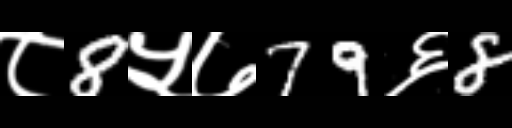
Text: ८8५७79६8